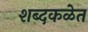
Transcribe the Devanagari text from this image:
शब्दकळेत